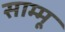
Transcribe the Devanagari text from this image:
साम्मू